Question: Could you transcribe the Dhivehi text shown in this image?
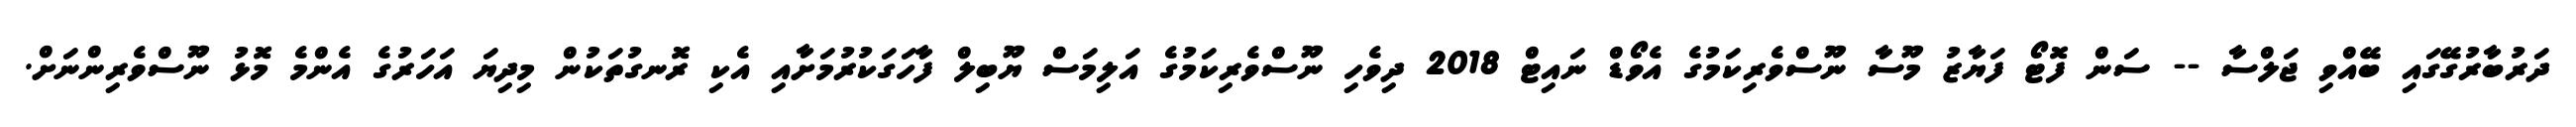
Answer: ދަރުބާރުގޭގައި ބޭއްވި ޖަލްސާ -- ސަން ފޮޓޯ ފަޔާޒު މޫސާ ނޫސްވެރިކަމުގެ އެވޯޑް ނައިޓް 2018 ދިވެހި ނޫސްވެރިކަމުގެ އަލިމަސް ޔޫބިލް ފާހަގަކުރުމަށާއި އެކި ރޮނގުތަކުން މިދިޔަ އަހަރުގެ އެންމެ މޮޅު ނޫސްވެރިންނަށް.